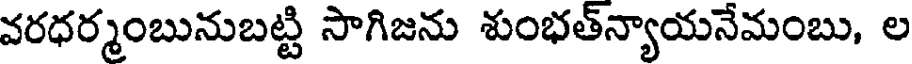
వరధర్మంబునుబట్టి సాగిజను శుంభత్న్యాయనేమంబు, ల